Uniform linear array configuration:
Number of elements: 4
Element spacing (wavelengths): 0.25
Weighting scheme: cosine
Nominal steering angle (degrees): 30
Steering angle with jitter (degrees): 31.877
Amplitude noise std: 0.05
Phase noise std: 0.05

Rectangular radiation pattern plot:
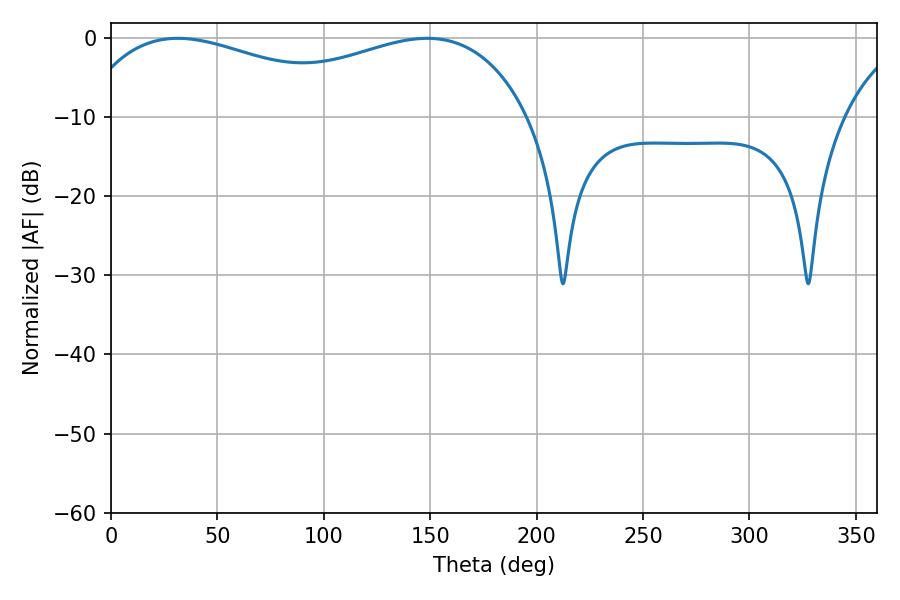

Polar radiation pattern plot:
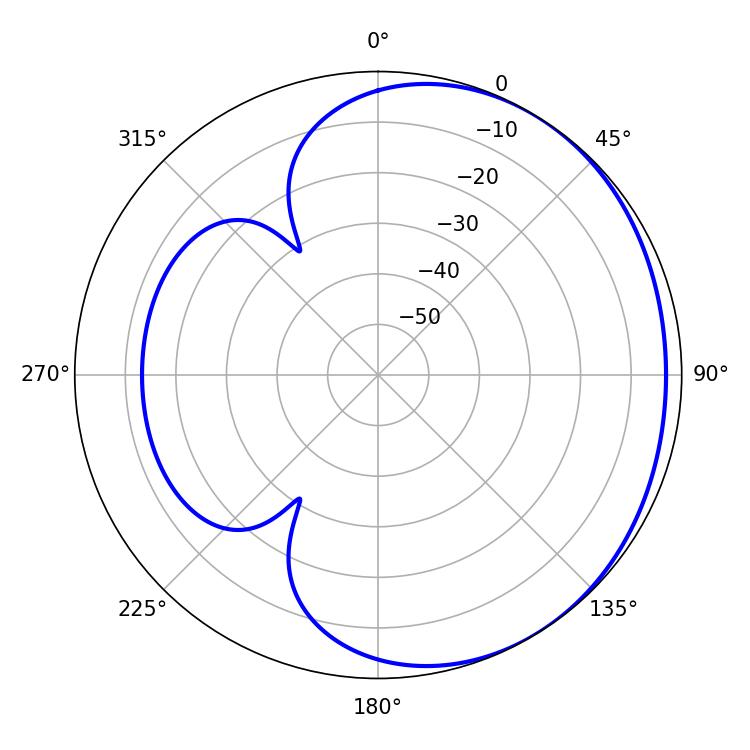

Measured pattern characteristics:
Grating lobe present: FALSE
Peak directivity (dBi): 1.704
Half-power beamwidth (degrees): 80.46
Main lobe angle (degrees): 31.5